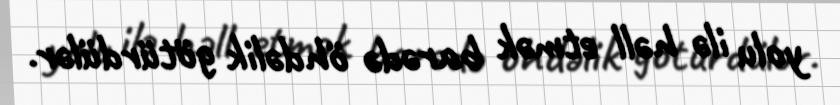
yolu ilə həll etmək barədə öhdəlik götürdülər.